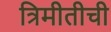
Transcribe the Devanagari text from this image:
त्रिमीतीची